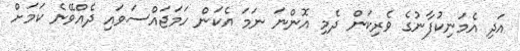
އަދި އެމަނިކުފާނުގެ ވެރިކަން ދެމި އޮންނަ ނަމަ އެކަން ހަމަޖައްސަވައި ދެއްވޭނެ ކަމަށް